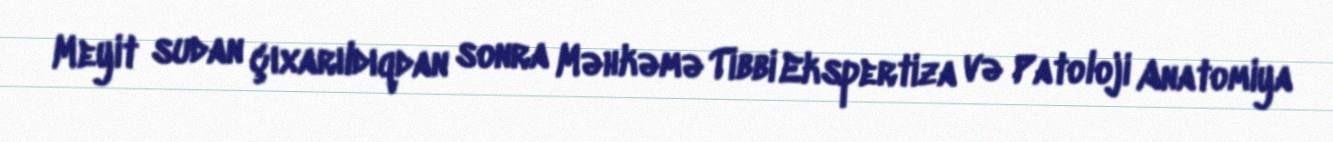
Meyit sudan çıxarıldıqdan sonra Məhkəmə Tibbi Ekspertiza və Patoloji Anatomiya